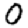
Digit: 0